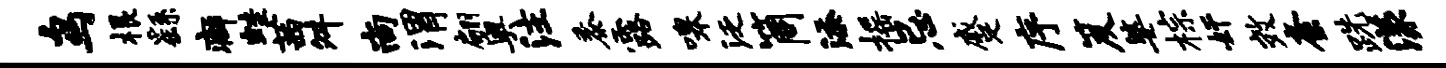
鸟根繇癖蛙茜舛尚渭翩奥注黍露嗥泛筒添摇忌蹙序笈婆棕奸效紊跣漾